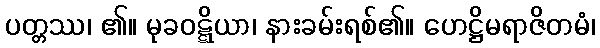
ပတ္တဿ၊ ၏။ မုခဝဋ္ဋိယာ၊ နားခမ်းရစ်၏။ ဟေဋ္ဌိမရာဇိတမံ၊